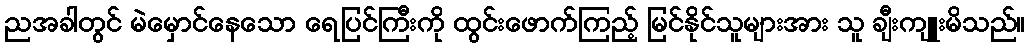
ညအခါတွင် မဲမှောင်နေသော ရေပြင်ကြီးကို ထွင်းဖောက်ကြည့် မြင်နိုင်သူများအား သူ ချီးကျူးမိသည်။